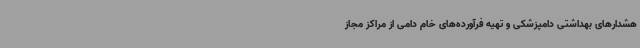
هشدارهای بهداشتی دامپزشکی و تهیه فرآورده‌های خام دامی از مراکز مجاز